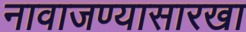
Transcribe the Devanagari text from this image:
नावाजण्यासारखा